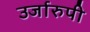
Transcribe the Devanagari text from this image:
उर्जारुपी